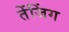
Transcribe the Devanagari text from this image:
तेंजिंग